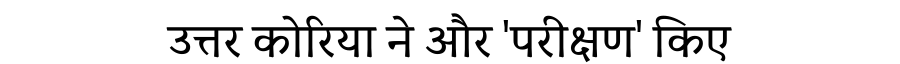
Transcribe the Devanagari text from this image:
उत्तर कोरिया ने और 'परीक्षण' किए